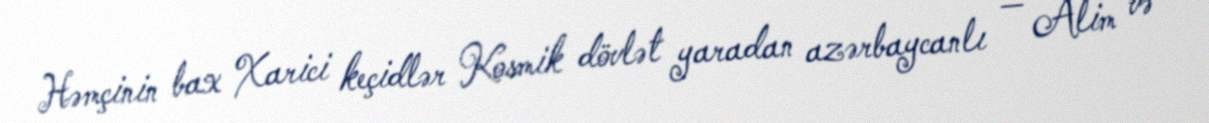
Həmçinin bax Xarici keçidlər Kosmik dövlət yaradan azərbaycanlı — Alim və